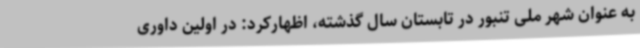
به عنوان شهر ملی تنبور در تابستان سال گذشته، اظهارکرد: در اولین داوری